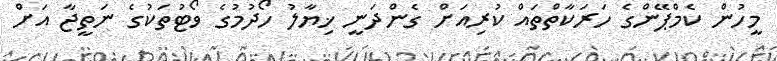
މީހުން ކެމްޕޭންގެ ހަރަކާތްތައް ކުރިއަށް ގެންދަނީ ޚިޔާލު ހޯދުމުގެ ވޯޓުތަކުގެ ނަތީޖާ އަށް